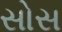
સોસ